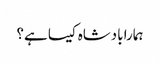
ہمارا بادشاہ کیسا ہے؟